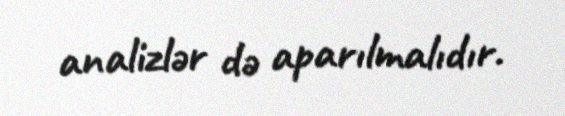
analizlər də aparılmalıdır.